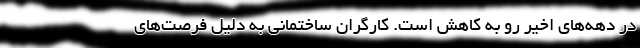
در دهه‌های اخیر رو به کاهش است. کارگران ساختمانی به دلیل فرصت‌های